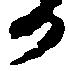
か